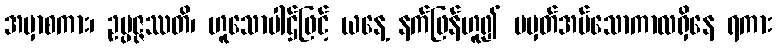
အမှာစကား၊ ဥပ္ပဇ္ဇဿတိ၊ ဟူသောပါဌ်ဖြင့် ယနေ့ နက်ဖြန်ဟူ၍ မမှတ်အပ်သောကာလရှိနေ ရကား